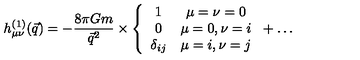
h _ { \mu \nu } ^ { ( 1 ) } ( \vec { q } ) = - { \frac { 8 \pi G m } { \vec { q } ^ { 2 } } } \times \left\{ \begin{array} { c c } { 1 } & { \mu = \nu = 0 } \\ { 0 } & { \mu = 0 , \nu = i } \\ { \delta _ { i j } } & { \mu = i , \nu = j } \\ \end{array} \right. + \ldots